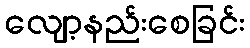
လျော့နည်းစေခြင်း